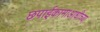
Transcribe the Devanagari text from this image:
छपाईकामाआधीच्या